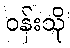
ဝန်းသို